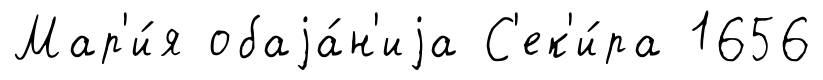
Мар'и́я обаjа́н'иjа С'ек'и́ра 1656